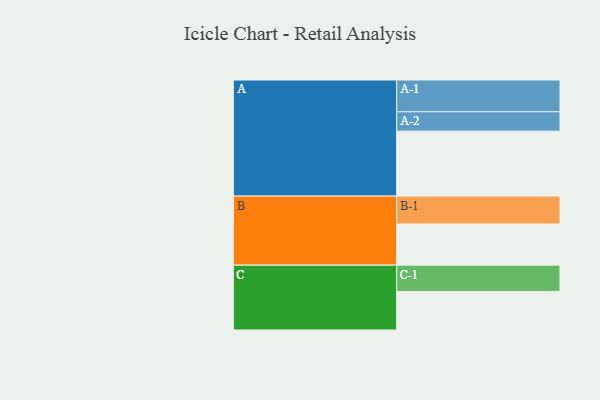
{"axis": {"x": "Segment", "y": "Value"}, "legend": ["", "A", "B", "C"], "data": [{"x": "A", "y": 527, "type": ""}, {"x": "B", "y": 334, "type": ""}, {"x": "C", "y": 313, "type": ""}, {"x": "A-1", "y": 258, "type": "A"}, {"x": "A-2", "y": 157, "type": "A"}, {"x": "B-1", "y": 226, "type": "B"}, {"x": "C-1", "y": 213, "type": "C"}]}